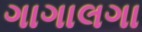
ગાગાલગા